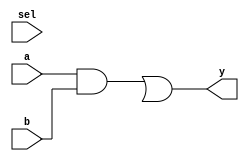
//EX-1 single line comment. (use only "//")

module mux (input a, b, sel, output y); // module decleration
     
      wire t1,t2;     // interconnect
      
      and A1(t1,a,b); //gate level design of mux.
      and A2(t1,a,b);
      or O1(y,t1,t2);
      
endmodule              // end of the code

//Ex-2 whole block comment. (use "/*...code...*/")

/*module mux (input a, b, sel, output y); // module decleration
     
      wire t1,t2;     // interconnect
      
      and A1(t1,a,b); //gate level design of mux.
      and A2(t1,a,b);
      or O1(y,t1,t2);
      
endmodule              // end of the code  */